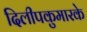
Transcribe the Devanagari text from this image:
दिलीपकुमारके